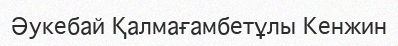
Әукебай Қалмағамбетұлы Кенжин